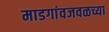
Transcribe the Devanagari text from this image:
माडगांवजवळच्या